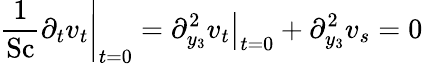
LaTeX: \left.\frac{1}{\mathrm{Sc}}\partial_{t}v_{t}\right|_{t=0}=\left.\partial_{y_{3}}^{2}v_{t}\right|_{t=0}+\partial_{y_{3}}^{2}v_{s}=0